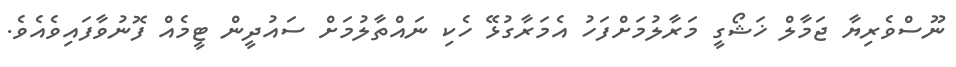
ނޫސްވެރިޔާ ޖަމާލް ޚަޝޯގީީ މަރާލުމަށްފަހު އެމަރާގުޅޭ ހެކި ނައްތާލުމަށް ސައުދީން ޓީމެއް ފޮނުވާފައިވެއެވެ.